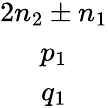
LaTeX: \begin{array}{c}{2n_{2}\pm n_{1}}\\ {p_{1}}\\ {q_{1}}\end{array}